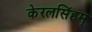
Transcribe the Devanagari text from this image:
केरलसिंहम्